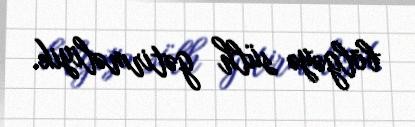
bölgəyə sülh gətirməliyik.